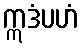
ဣဒံပဟံ